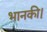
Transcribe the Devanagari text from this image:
भानकी।